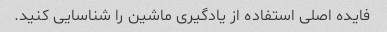
فایده اصلی استفاده از یادگیری ماشین را شناسایی کنید.